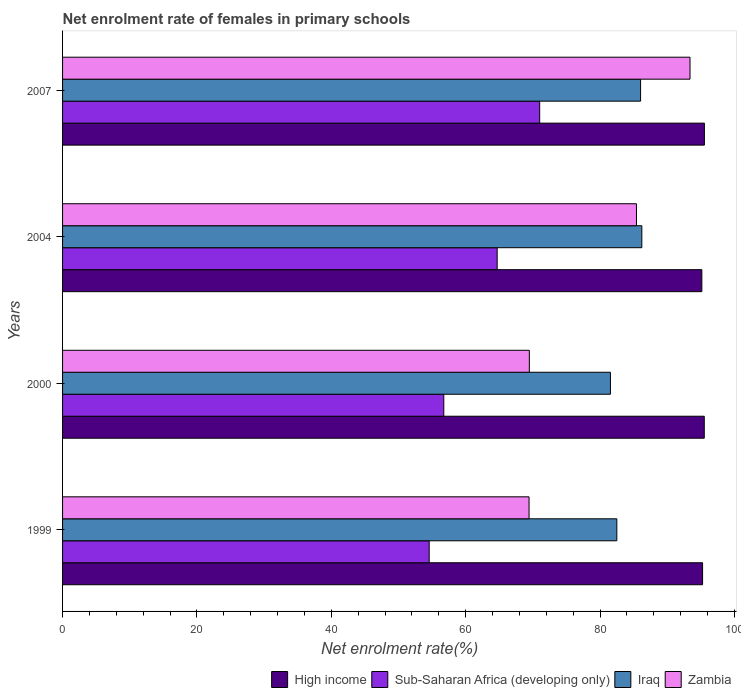
| Years | High income | Sub-Saharan Africa (developing only) | Iraq | Zambia |
 | --- | --- | --- | --- | --- |
 | 1999 | 95.2 | 54.6 | 82.5 | 69.4 |
 | 2000 | 95.5 | 56.7 | 81.5 | 69.5 |
 | 2004 | 95.1 | 64.7 | 86.2 | 85.4 |
 | 2007 | 95.5 | 71 | 86 | 93.4 |